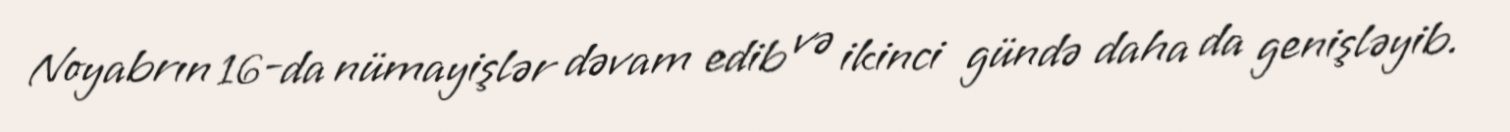
Noyabrın 16-da nümayişlər dəvam edib və ikinci gündə daha da genişləyib.